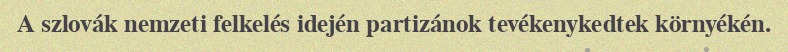
A szlovák nemzeti felkelés idején partizánok tevékenykedtek környékén.